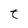
Character: t